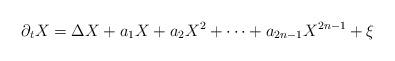
LaTeX: \begin{align*}\partial_t X = \Delta X + a_1 X + a_2 X^{2} + \dots + a_{2n-1} X^{2n-1} + \xi \end{align*}